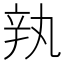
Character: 𰺥